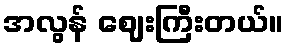
အလွန် ဈေးကြီးတယ်။